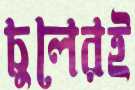
চুলেরই